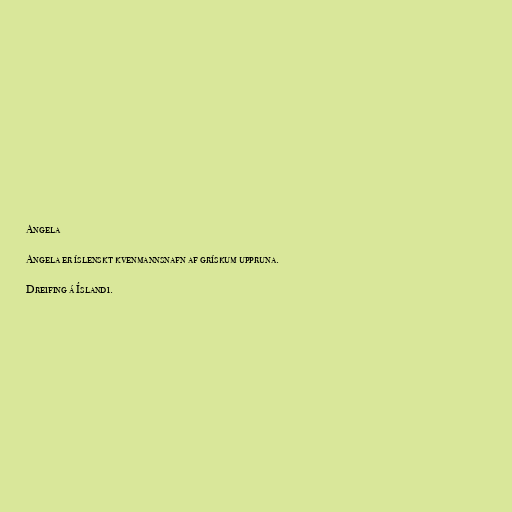
Angela

Angela er íslenskt kvenmannsnafn af grískum uppruna.

Dreifing á Íslandi.